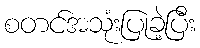
စတင်အသုံးပြုခဲ့ပြီး